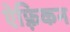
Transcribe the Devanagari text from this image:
ऐफ़्रिकन